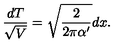
\frac { d T } { \sqrt { V } } = \sqrt { \frac { 2 } { 2 \pi \alpha ^ { \prime } } } d x .